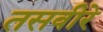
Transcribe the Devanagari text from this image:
तसवीरे